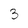
Character: 3